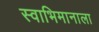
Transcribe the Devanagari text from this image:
स्वाभिमानाला